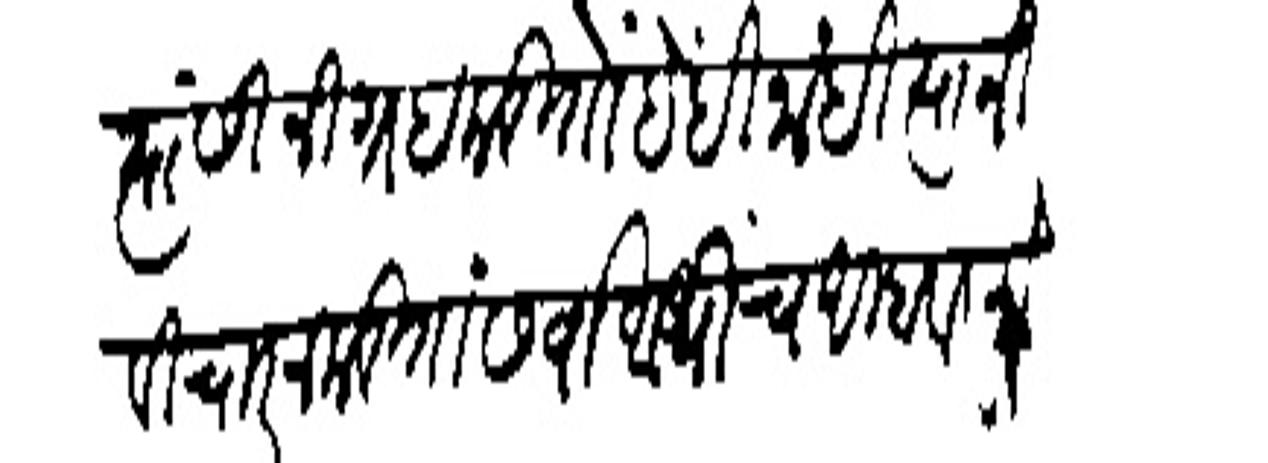
Transliteration (Devanagari): त्यांसी निग्रह करितों हेही नाहीं त्यानी विचार न करितां सर्वाआर्षीच अम्हावर मोगलाई